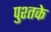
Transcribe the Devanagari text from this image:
पुश्तके